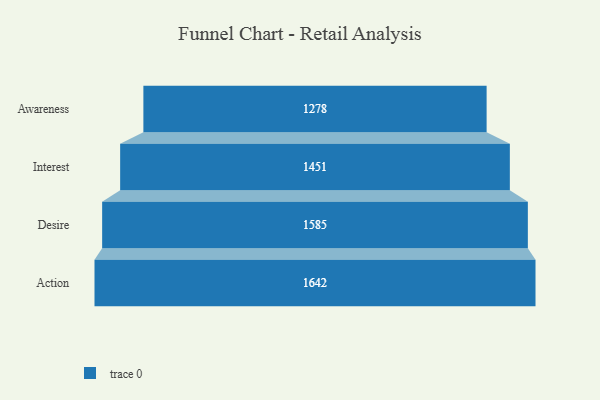
{"axis": {"x": "Stage", "y": "Value"}, "legend": [""], "data": [{"x": "Awareness", "y": 1278.0, "type": ""}, {"x": "Interest", "y": 1451.0, "type": ""}, {"x": "Desire", "y": 1585.0, "type": ""}, {"x": "Action", "y": 1642.0, "type": ""}]}